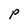
Character: P